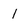
Character: I